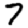
Digit: 7